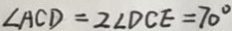
\angle A C D = 2 \angle D C E = 7 0 ^ { \circ }